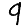
Digit: 9